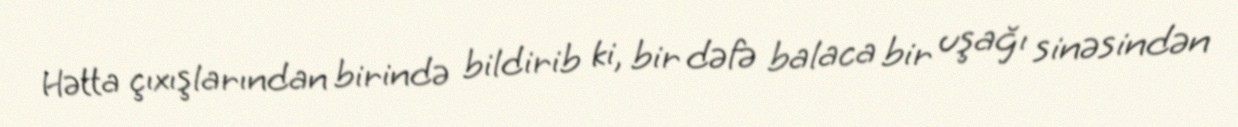
Hətta çıxışlarından birində bildirib ki, bir dəfə balaca bir uşağı sinəsindən